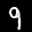
Label: 9